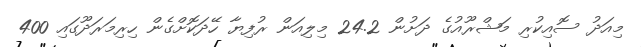
މިއަދު ސޮއިކުރި މަޝްރޫއުގެ ދަށުން 24.2 މިލިއަން ރުފިޔާ ހޭދަކޮށްގެން ހިރިމަރަދޫގައި 400